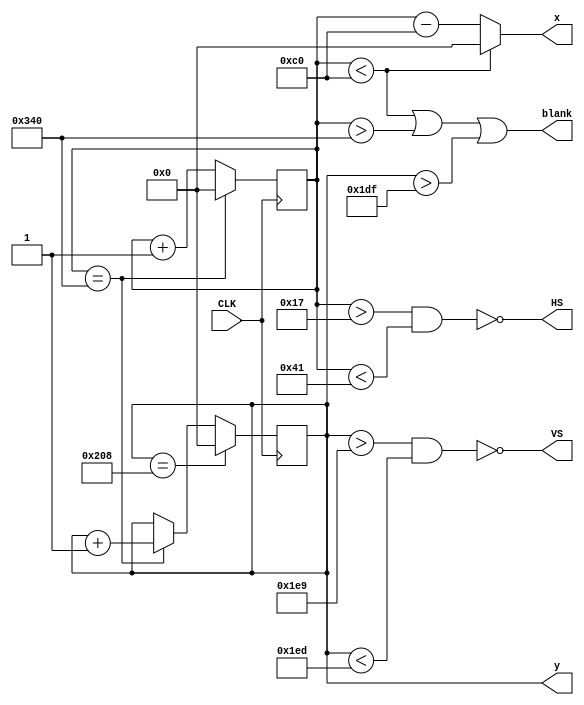
module vga(
    input CLK,  // Papilio 32MHz
    output HS, VS,
    output [9:0] x,
    output reg [9:0] y,
    output blank
    );

reg [9:0] xc;
 
// Horizontal 640 + fp 24 + HS 40 + bp 128 = 832 pixel clocks
// Vertical, 480 + fp 9 lines vs 3 lines bp 28 lines 
assign blank = ((xc < 192) | (xc > 832) | (y > 479));
assign HS = ~ ((xc > 23) & (xc < 65));
assign VS = ~ ((y > 489) & (y < 493));
assign x = ((xc < 192)?0:(xc - 192));

always @(posedge CLK)
begin
  if (xc == 832)
  begin
    xc <= 0;
    y <= y + 1;
  end
  else begin
    xc <= xc + 1;
  end
  if (y == 520)
  begin
    y <= 0; 
  end
end

endmodule